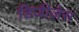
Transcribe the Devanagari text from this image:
डिजीज़ेस